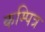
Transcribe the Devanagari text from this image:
कम्पित्र